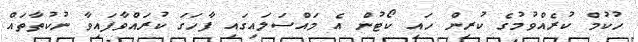
ހުކުމް ކުރެއްވުމުގެ ކުރިން ހައި ކޯޓުން އެ މައްސަލައިގައި ފާހަގަ ކުރައްވާފައިވާ ނުކުތާތައް